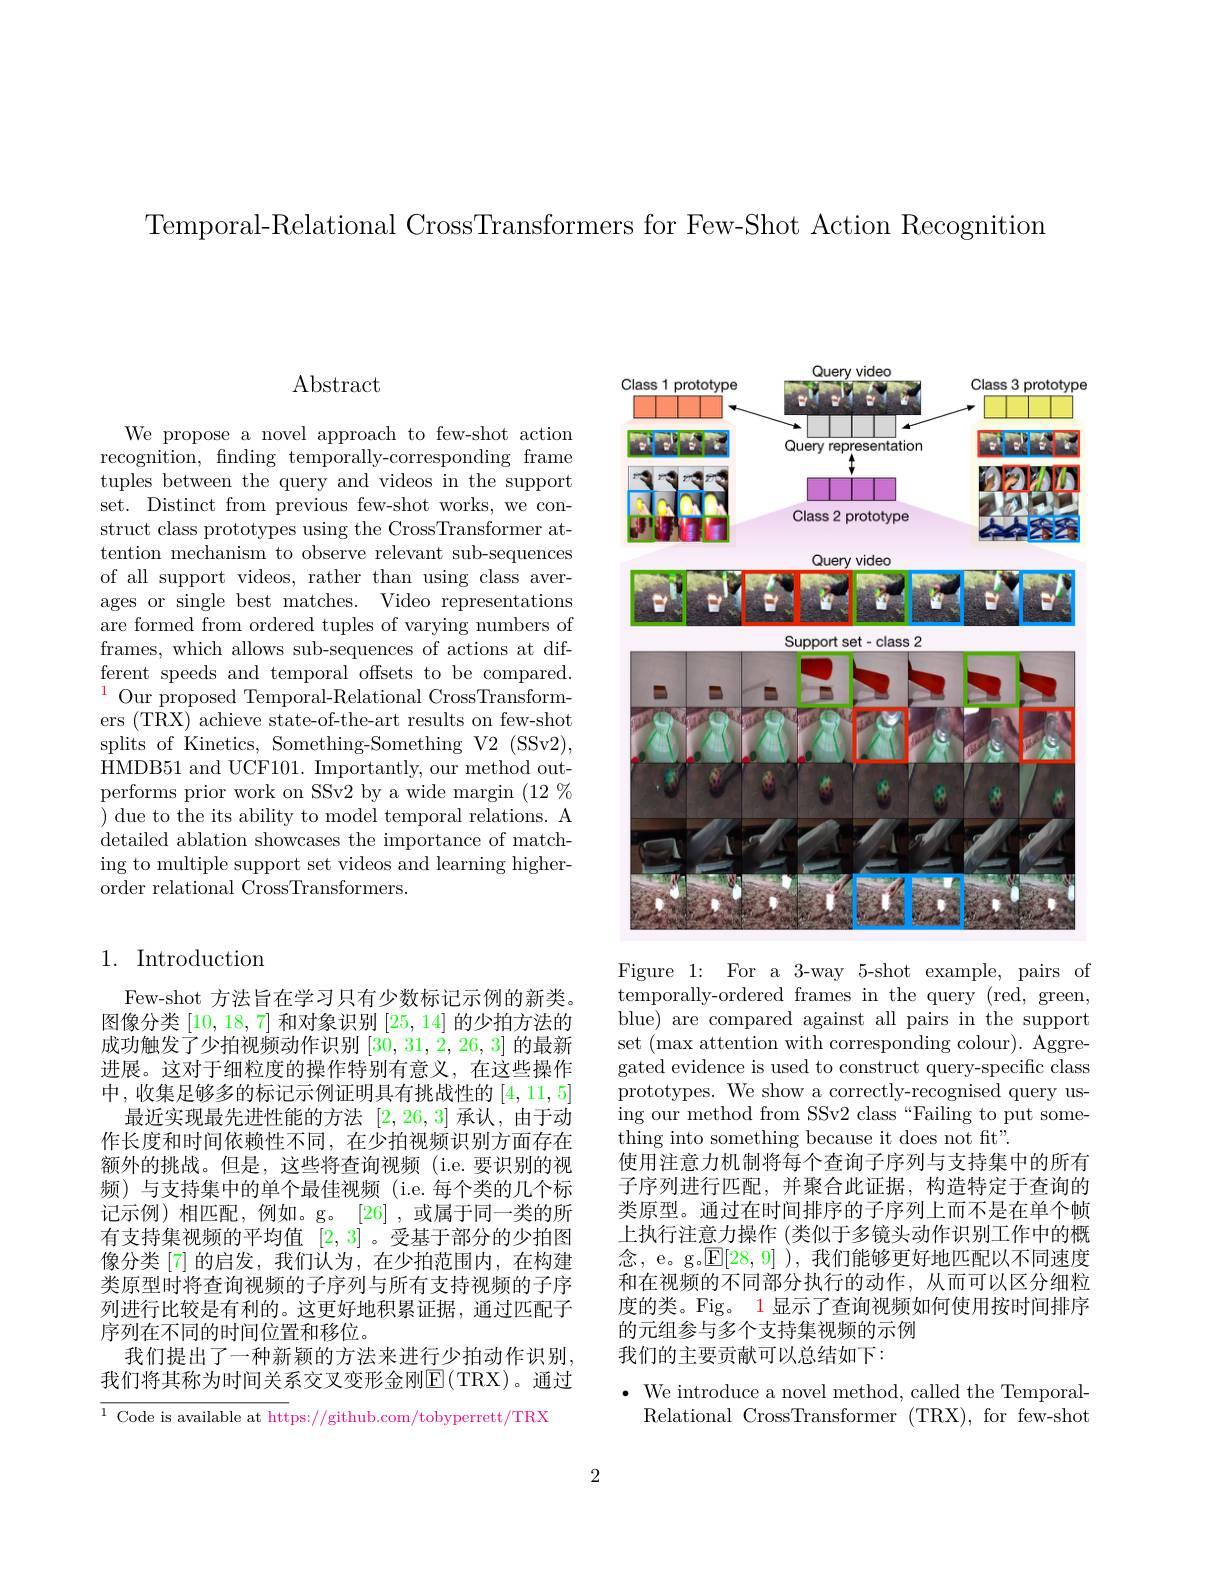
Temporal-Relational CrossTransformers for Few-Shot Action Recognition

# $\operatorname{Abstract}$

We propose a novel approach to few-shot action recognition, finding temporally-corresponding frame tuples between the query and videos in the support set. Distinct from previous few-shot works, we construct class prototypes using the CrossTransformer attention mechanism to observe relevant sub-sequences of all support videos, rather than using class averages or single best matches. Video representations are formed from ordered tuples of varying numbers of frames, which allows sub-sequences of actions at different speeds and temporal offsets to be compared. $^{1}$ Our proposed Temporal-Relational CrossTransformers (TRX) achieve state-of-the-art results on few-shot splits of Kinetics, Something-Something V2 (SSv2), $\bar{\text{HMDB51 and UCF101. Importantly, our method out-}}$ performs prior work on SSv2 by a wide margin $(12\%$ ) due to the its ability to model temporal relations. A detailed ablation showcases the importance of matching to multiple support set videos and learning higherorder relational CrossTransformers.

## 1. Introduction

Few-shot 方法旨在学习只有少数标记示例的新类。图像分类[10,18,7]和对象识别[25,14]的少拍方法的成功触发了少拍视频动作识别[30,31,2,26,3]的最新进展。这对于细粒度的操作特别有意义，在这些操作中，收集足够多的标记示例证明具有挑战性的[4,11,5]
最近实现最先进性能的方法[2,26,3]承认，由于动作长度和时间依赖性不同，在少拍视频识别方面存在额外的挑战。但是，这些将查询视频(i.e.要识别的视频)与支持集中的单个最佳视频(i.e.每个类的几个标记示例)相匹配，例如。g。[26],或属于同一类的所有支持集视频的平均值[2,3] 。受基于部分的少拍图像分类[7]的启发，我们认为，在少拍范围内，在构建类原型时将查询视频的子序列与所有支持视频的子序列进行比较是有利的。这更好地积累证据，通过匹配子序列在不同的时间位置和移位。
我们提出了一种新颖的方法来进行少拍动作识别， 我们将其称为时间关系交叉变形金刚$\operatorname{E}(\operatorname{TRX})$。通过

${\overline{^1\text{ Code is available at htt}}}$ps://github.com/tobyperrett/TRX

<FigureHere>

Figure 1: For a 3-way 5-shot example, pairs of temporally-ordered frames in the query (red, green, blue) are compared against all pairs in the support set (max attention with corresponding colour). Aggregated evidence is used to construct query-specific class prototypes. We show a correctly-recognised query using our method from SSv2 class“Failing to put something into something because it does not fit".
使用注意力机制将每个查询子序列与支持集中的所有子序列进行匹配，并聚合此证据，构造特定于查询的类原型。通过在时间排序的子序列上而不是在单个帧上执行注意力操作 (类似于多镜头动作识别工作中的概念，e。g.$\mathbb{E}[28,9]$),我们能够更好地匹配以不同速度和在视频的不同部分执行的动作，从而可以区分细粒度的类。Fig。1 显示了查询视频如何使用按时间排序的元组参与多个支持集视频的示例
我们的主要贡献可以总结如下：

$\bullet$ We introduce a novel method, called the Temporal-
Relational CrossTransformer (TRX), for few-shot

2